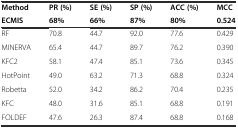
| Method | PR (%) | SE (%) | SP (%) | ACC (%) | MCC |
 | ECMIS | 68% | 66% | 87% | 80% | 0.524 |
 | --- | --- | --- | --- | --- | --- |
 | RF | 70.8 | 44.7 | 92.0 | 77.6 | 0.429 |
 | MINERVA | 65.4 | 44.7 | 89.7 | 76.2 | 0.390 |
 | KFC2 | 58.1 | 47.4 | 85.1 | 73.6 | 0.345 |
 | HotPoint | 49.0 | 63.2 | 71.3 | 68.8 | 0.324 |
 | Robetta | 52.0 | 34.2 | 86.2 | 70.4 | 0.235 |
 | KFC | 48.0 | 31.6 | 85.1 | 68.8 | 0.191 |
 | FOLDEF | 47.6 | 26.3 | 87.4 | 68.8 | 0.168 |